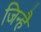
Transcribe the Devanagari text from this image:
जिन्है